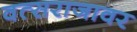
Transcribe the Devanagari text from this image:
वत्सराजावर